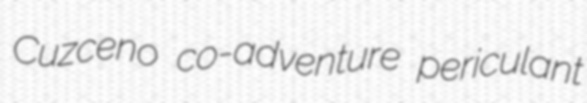
Cuzceno co-adventure periculant